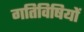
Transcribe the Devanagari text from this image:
गतिविषियों